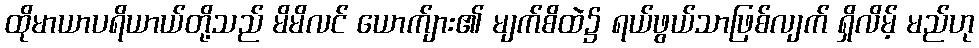
ထိုမာယာပရိယာယ်တို့သည် မိမိလင် ယောက်ျား၏ မျက်စိထဲ၌ ရယ်ဖွယ်သာဖြစ်လျက် ရှိလိမ့် မည်ဟု